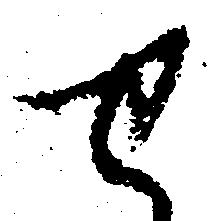
せ